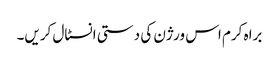
براہ کرم اس ورژن کی دستی انسٹال کریں۔